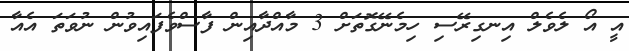
އީ އޯ ލެވެލް އިނގިރޭސި ހިމެނޭގޮތަށް 3 މާއްދާއިން ފާސްވެފައިވުން ނުވަތަ އެއާ